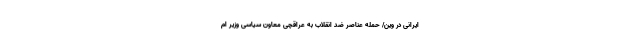
ایرانی در وین/ حمله عناصر ضد انقلاب به عراقچی معاون سیاسی وزیر ام